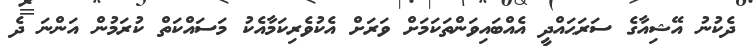
ދެކުނު އޭޝިއާގެ ސަރަޙައްދީ އެއްބައިވަންތަކަމަށް ވަރަށް އެކުވެރިކަމާއެކު މަސައްކަތް ކުރަމުން އަންނަ ދެ